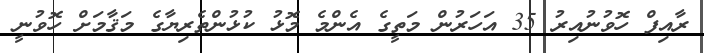
ރާއިފް ހޮވުނުއިރު 35 އަހަރުން މަތީގެ އެންމެ މޮޅު ކުޅުންތެރިޔާގެ މަޤާމަށް ހޮވުނީ